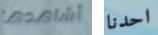
أشاهدها احدنا